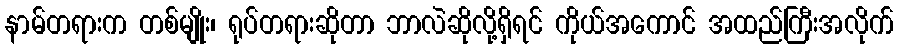
နာမ်တရားက တစ်မျိုး၊ ရုပ်တရားဆိုတာ ဘာလဲဆိုလို့ရှိရင် ကိုယ်အကောင် အထည်ကြီးအလိုက်